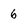
Character: 6